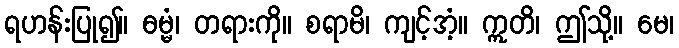
ရဟန်းပြု၍။ ဓမ္မံ၊ တရားကို။ စရာမိ၊ ကျင့်အံ့။ ဣတိ၊ ဤသို့။ မေ၊